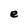
Character: e